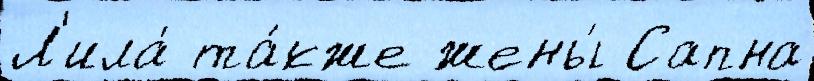
Л'ила́ та́кже жены́ Сапна